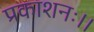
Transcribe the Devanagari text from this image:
प्रकाशनः।।